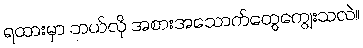
ရထားမှာ ဘယ်လို အစားအသောက်တွေကျွေးသလဲ။